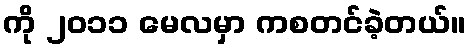
ကို ၂၀၁၁ မေလမှာ ကစတင်ခဲ့တယ်။